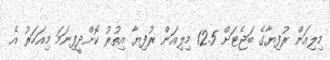
މިލިއަން ރުފިޔާގެ ބަޖެޓަށް 12.5 މިލިއަން ރުފިޔާ އިތުރު ކޮށްދީފިނަމަ މިއަހަރު އެ